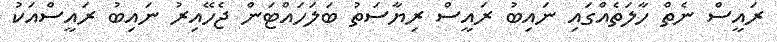
ރައީސް ނެތް ހާލަތެއްގައި ނައިބު ރައީސް ރިޔާސަތު ބަލަހައްޓަން ޖެހޭއިރު ނައިބު ރައީސްއަކު